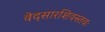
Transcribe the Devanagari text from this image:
वेदसारशिवस्तवः